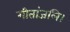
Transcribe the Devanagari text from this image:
गीतांजलि।